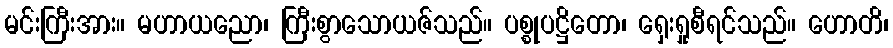
မင်းကြီးအား။ မဟာယညော၊ ကြီးစွာသောယဇ်သည်။ ပစ္စုပဋ္ဌိတော၊ ရှေးရှုစီရင်သည်။ ဟောတိ၊